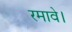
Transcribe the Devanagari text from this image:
रमावे।